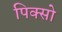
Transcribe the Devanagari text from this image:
पिक्सो